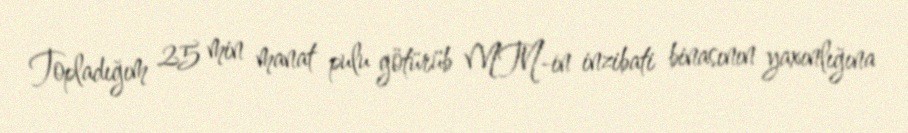
Topladığım 25 min manat pulu götürüb MTN-in inzibati binasının yaxınlığına